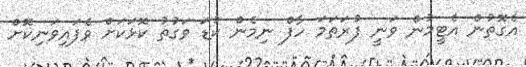
އެގޮތުން އެޓީމުން ވަނީ ފުރަތަމަ ހާފް ނިމެން ކުޑަ ވަގުތު ކޮޅަކަށް ވެފައިވަނިކޮށް